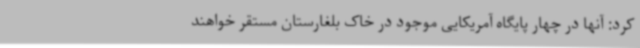
کرد: آنها در چهار پایگاه آمریکایی موجود در خاک بلغارستان مستقر خواهند